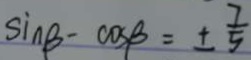
\sin \beta - \cos \beta = \pm \frac { 7 } { 5 }